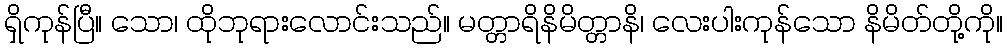
ရှိကုန်ပြီ။ သော၊ ထိုဘုရားလောင်းသည်။ မတ္တာရိနိမိတ္တာနိ၊ လေးပါးကုန်သော နိမိတ်တို့ကို။